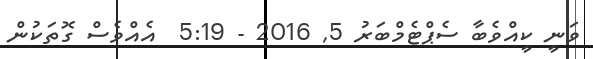
ވަނީ ކީއްވެބާ ސެޕްޓެމްބަރު 5